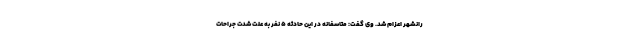
رانشهر اعزام شد. وی گفت: متاسفانه در این حادثه ۵ نفر به علت شدت جراحات